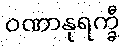
ဝဏာနုရက္ခီ